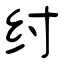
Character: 纣